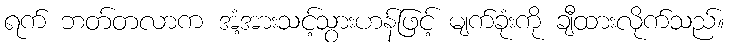
ရက် ဘတ်တလာက အံ့အားသင့်သွားဟန်ဖြင့် မျက်ခုံးကို ချီထားလိုက်သည်။